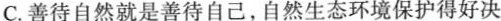
C.善待自然就是善待自己，自然生态环境保护得好决